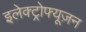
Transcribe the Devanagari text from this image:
इलेक्ट्रोफ्यूज़न